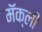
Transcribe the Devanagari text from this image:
मॅक्ली